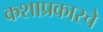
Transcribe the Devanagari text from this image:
कशाप्रकारचे